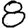
Digit: 8